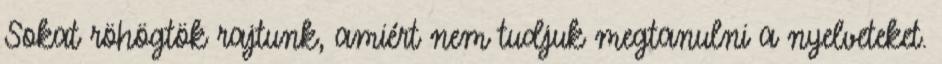
Sokat röhögtök rajtunk, amiért nem tudjuk megtanulni a nyelveteket.